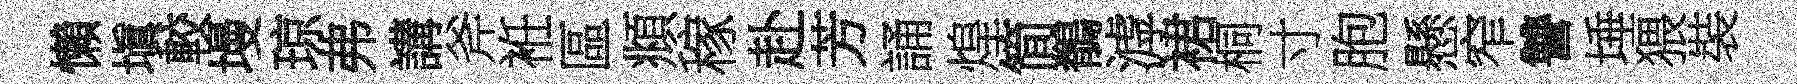
懶塡較墁琼弗講斧袵區頫稼赴芳誦煌简鶺滹裙桐寸胞懸窄讐埵猥裝